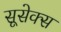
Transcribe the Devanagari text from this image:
सूसेक्स